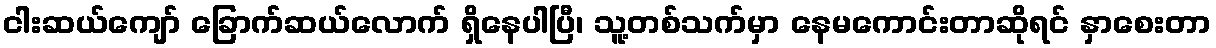
ငါးဆယ်ကျော် ခြောက်ဆယ်လောက် ရှိနေပါပြီ၊ သူ့တစ်သက်မှာ နေမကောင်းတာဆိုရင် နှာစေးတာ